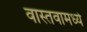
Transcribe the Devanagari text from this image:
वास्तवामध्ये